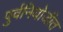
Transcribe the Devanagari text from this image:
पुर्वनियोजीत